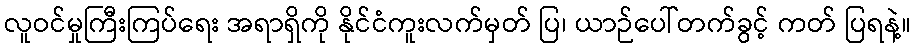
လူဝင်မှုကြီးကြပ်ရေး အရာရှိကို နိုင်ငံကူးလက်မှတ် ပြ၊ ယာဉ်ပေါ်တက်ခွင့် ကတ် ပြရနဲ့။